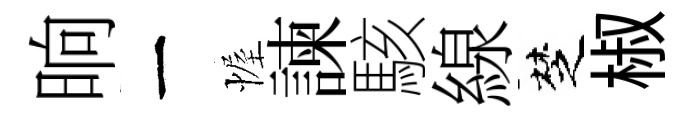
晌一幄諫駭線椘椒